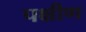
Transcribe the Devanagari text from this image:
पक्षीण